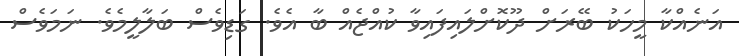
އަނެއްކާ މީހަކު ބޭރަށް ދޫކޮށްލައިފައިވާ ކުއްޖެއް ބާ އެވެ. ގަޑިވެސް ބަލާލީމެވެ. ނަމަވެސް